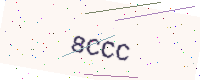
Text: 8CCC